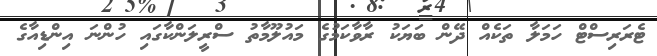
ޓެރަރިސްޓް ހަމަލާ ތަކެއް ދޭން ބަޔަކު ރާވާކަމުގެ މައުލޫމާތު ސްރީލަންކާގައި ހުންނަ އިންޑިއާގެ